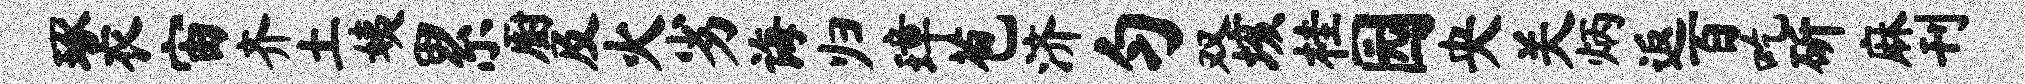
琢衣宙齐土姨累厨及火劣诲归璋苞济匀双垓桂园央关炳返百吃斫麻刊